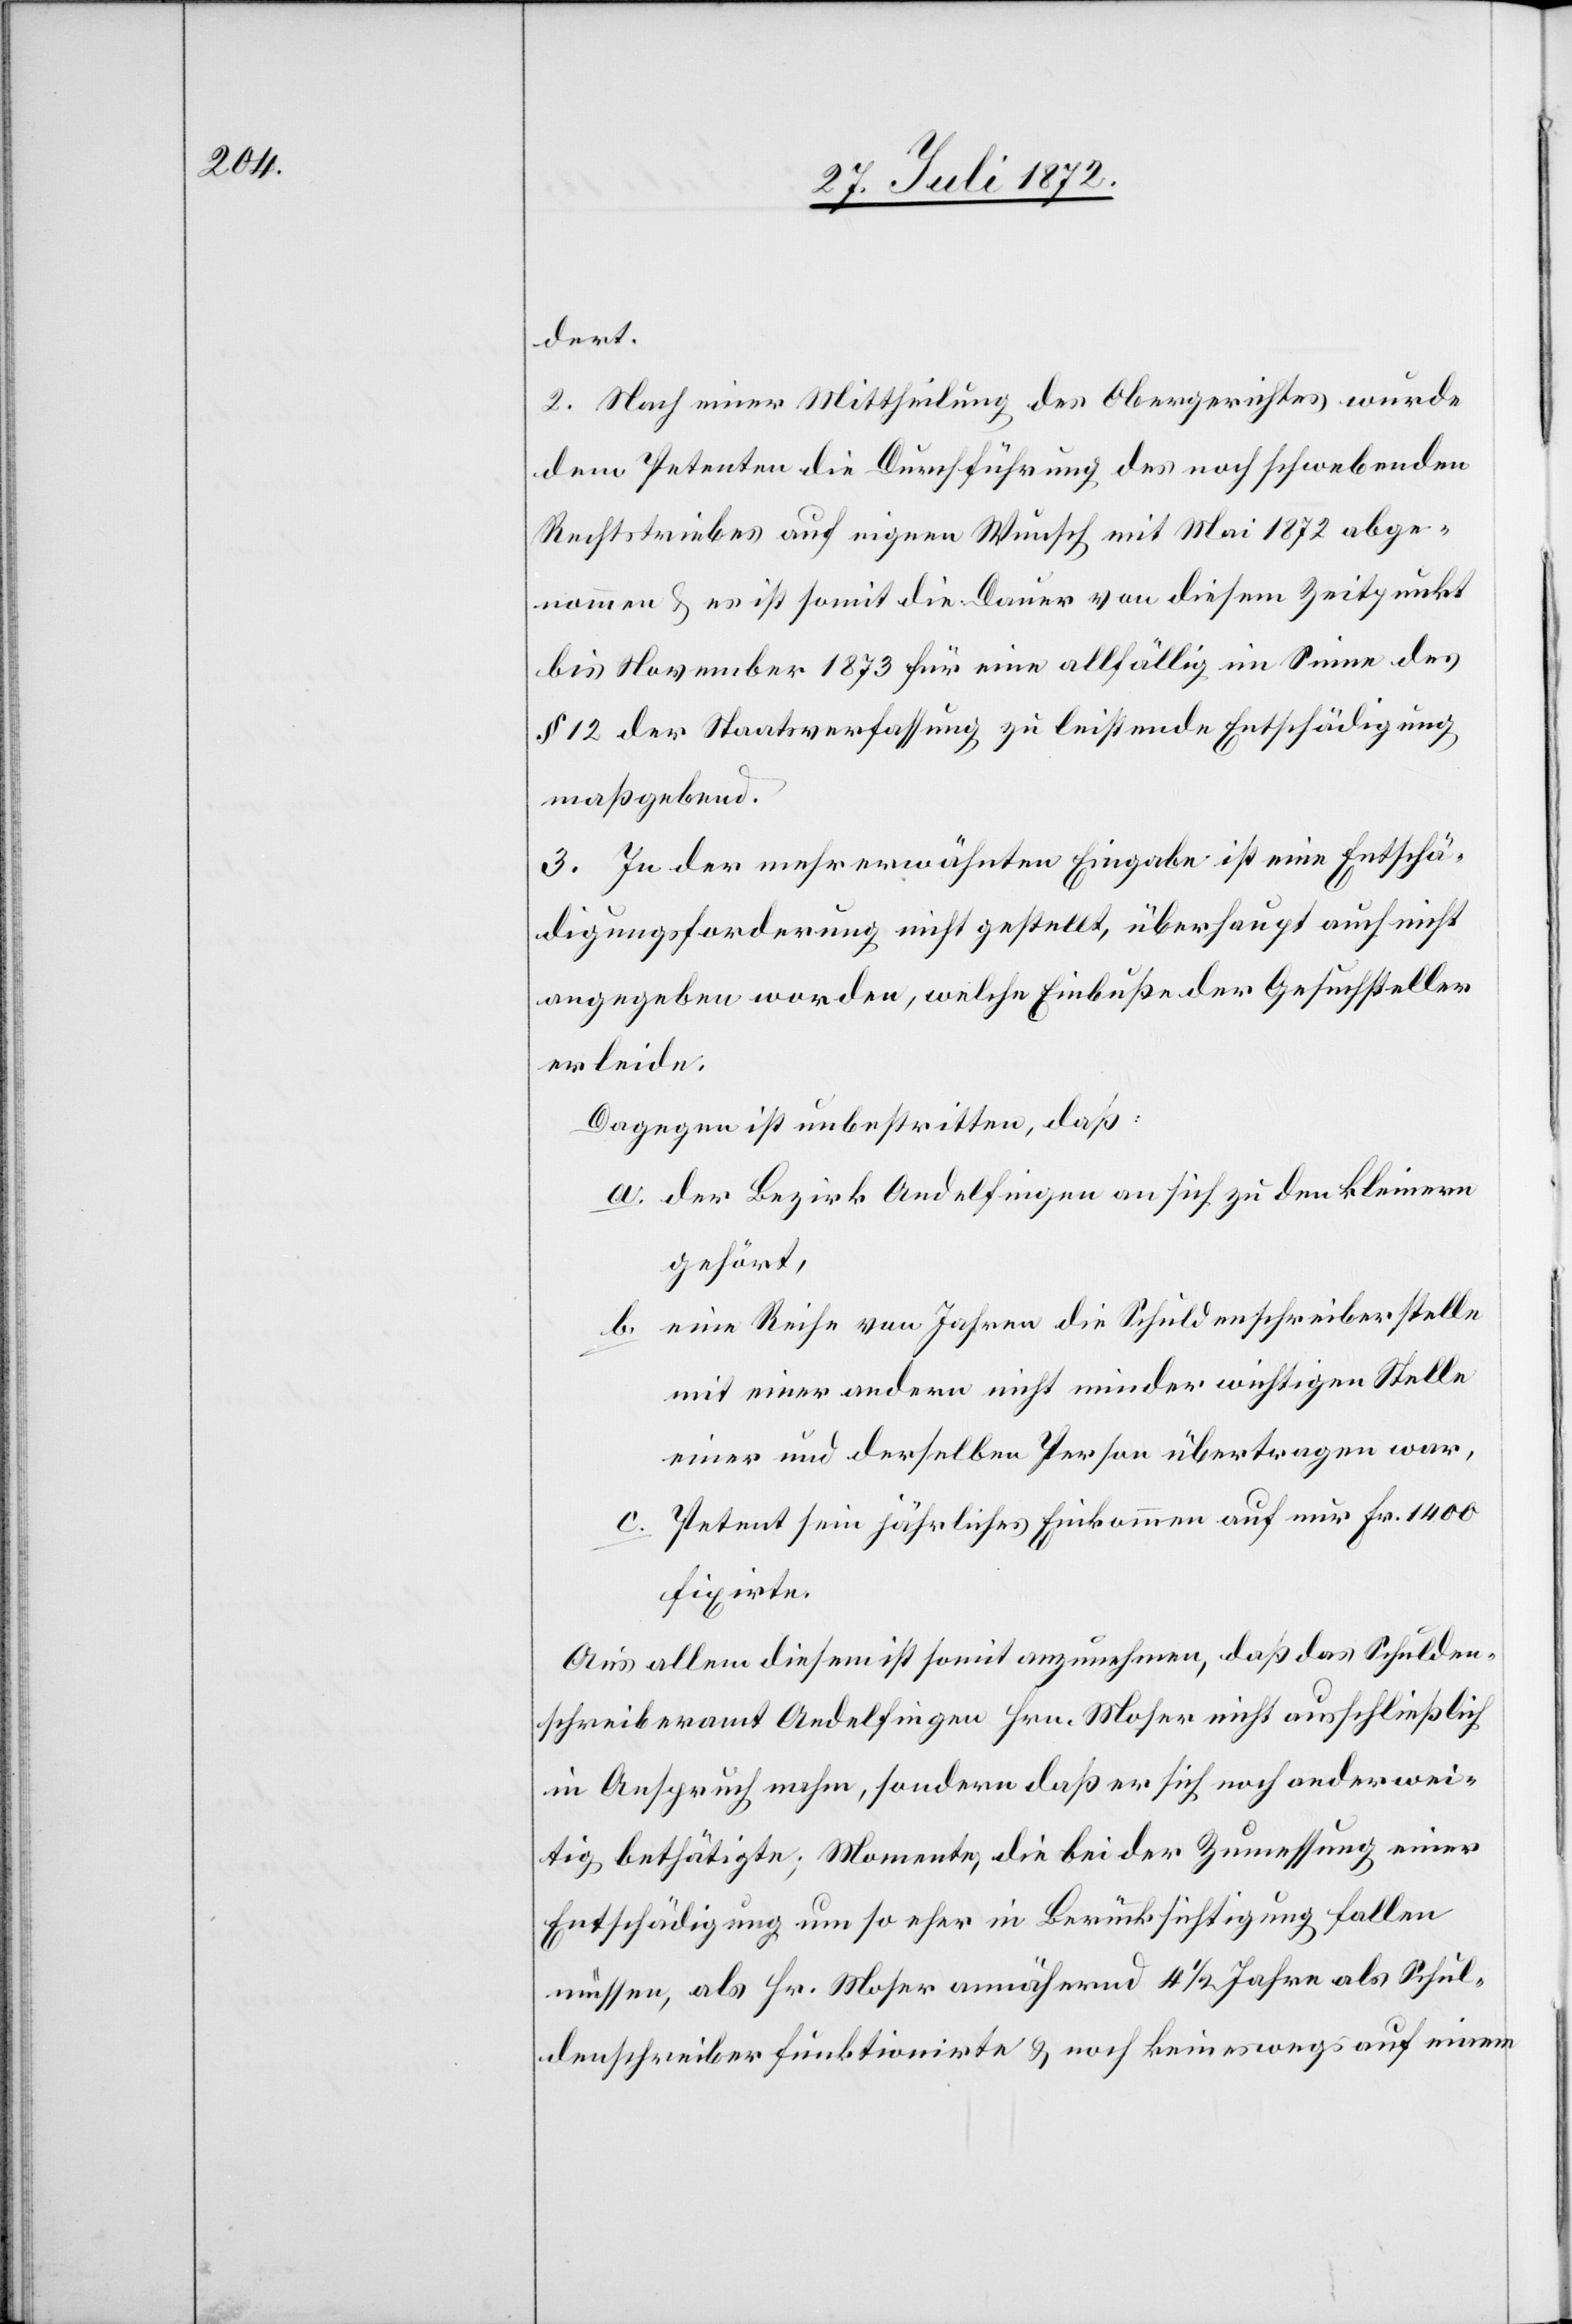
dert.
2. Nach einer Mittheilung des Obergerichtes wurde
dem Petenten die Durchführung des noch schwebenden
Rechtstriebes auf eigenen Wunsch mit Mai 1872 abge¬
nommen u. es ist somit die Dauer von diesem Zeitpunkt
bis November 1873 für eine allfällig im Sinne des
§ 12 der Staatsverfassung zu leistende Entschädigung
maßgebend.
3. In der mehrerwähnten Eingabe ist eine Entschä¬
digungsforderung nicht gestellt, überhaupt auch nicht
angegeben worden, welche Einbuße der Gesuchsteller
erleide.
Dagegen ist unbestritten, daß:
a. der Bezirk Andelfingen an sich zu den kleinern
gehört,
b. eine Reihe von Jahren die Schuldenschreiberstelle
mit einer andern nicht minder wichtigen Stelle
einer und derselben Person übertragen war,
c. Petent sein jährliches Einkommen auf nur Fr. 1400
fixirte.
Aus allen diesem ist somit anzunehmen, daß das Schulden¬
schreiberamt Andelfingen Hrn. Moser nicht ausschließlich
in Anspruch nahm, sondern daß er sich noch anderwei¬
tig bethätigte; Momente, die bei der Zumessung einer
Entschädigung um so eher in Berücksichtigung fallen
müssen, als Hr. Moser annähernd 4 1/2 Jahre als Schul¬
denschreiber funktionirte u. noch keineswegs auf einem